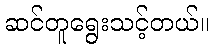
ဆင်တူရွေးသင့်တယ်။